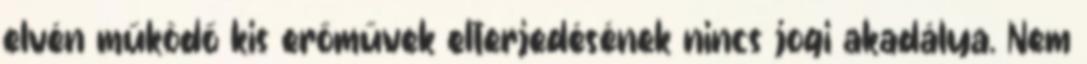
elvén működő kis erőművek elterjedésének nincs jogi akadálya. Nem